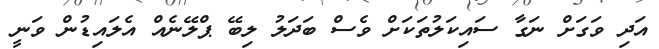
އަދި ވަގަށް ނަގާ ސައިކަލުތަކަށް ވެސް ބަދަލު ލިބޭ ޕްލޭނެއް އެލައިޑުން ވަނީ